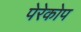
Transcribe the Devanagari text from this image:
पेरेकोप